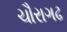
ચૌરાગઢ